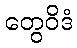
တွေဝိဒံ